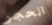
الحجر